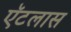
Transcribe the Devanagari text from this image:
ऍटलास